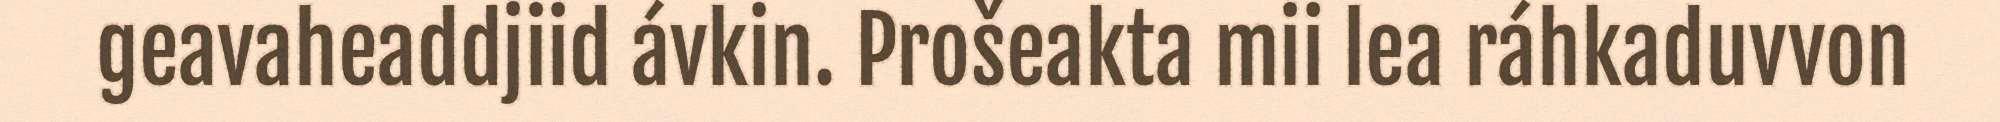
geavaheaddjiid ávkin. Prošeakta mii lea ráhkaduvvon